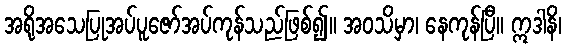
အရိုအသေပြုအပ်ပူဇော်အပ်ကုန်သည်ဖြစ်၍။ အဝသိမှာ၊ နေကုန်ပြီ။ ဣဒါနိ၊